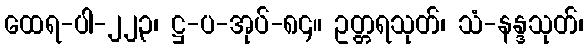
ထေရ-ပါ-၂၂၃၊ ဋ္ဌ-ပ-အုပ်-၈၄။ ဥတ္တရသုတ်၊ သံ-နန္ဒသုတ်၊